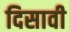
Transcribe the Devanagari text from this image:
दिसावी